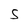
Character: S